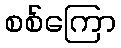
စစ်ကြော